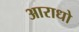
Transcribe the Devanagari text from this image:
आराधो